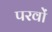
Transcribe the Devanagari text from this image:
परवों